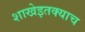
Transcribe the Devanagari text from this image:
शाखेइतक्याच